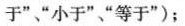
于”“小于”“等于”)；